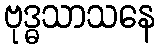
ဗုဒ္ဓသာသနေ